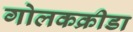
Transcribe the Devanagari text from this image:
गोलकक्रीडा